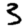
Digit: 3